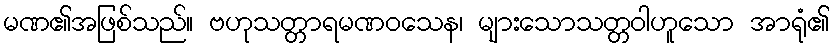
မဏ၏အဖြစ်သည်။ ဗဟုသတ္တာရမဏဝသေန၊ များသောသတ္တဝါဟူသော အာရုံ၏